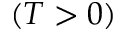
( T > 0 )